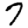
Digit: 7